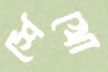
শেখো